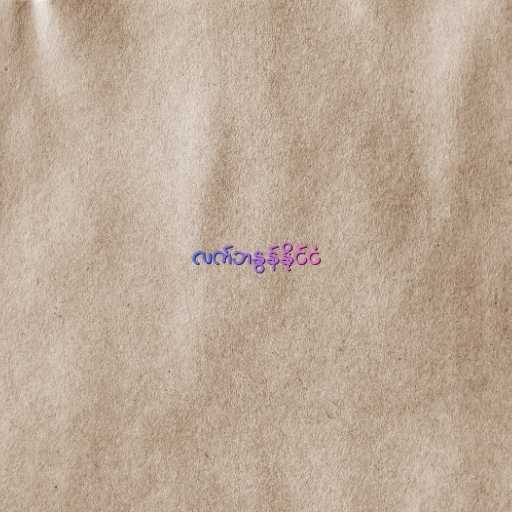
လက်ဘနွန်နိုင်ငံ